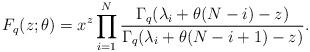
LaTeX: \begin{gather*}F_q(z; \theta) = x^z\prod\limits_{i=1}^N{\frac{\Gamma_q(\lambda_i + \theta(N-i) - z)}{\Gamma_q(\lambda_i + \theta(N-i+1) - z)}}.\end{gather*}